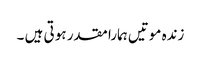
زندہ موتیں ہمارا مقدر ہو تی ہیں ۔